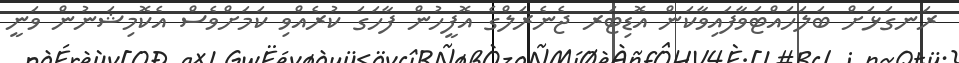
ރަނގަޅަށް ބަލަހައްޓަވާފައިވާކަން އޮޑިޓަރ ޖެނެރަލްގެ އޮފީހުން ފާހަގަ ކުރެއްވި ކަމަށްވެސް އެކޮމިޝަނުން ވަނީ